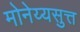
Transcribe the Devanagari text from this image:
मोनेय्यसुत्त